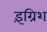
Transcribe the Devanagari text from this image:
इंग्रिश